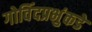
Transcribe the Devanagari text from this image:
गोविंदप्रभुंकडे